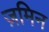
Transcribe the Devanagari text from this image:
ज़मिन